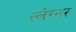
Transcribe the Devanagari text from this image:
स्लेग्नर